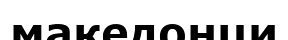
македонци